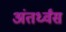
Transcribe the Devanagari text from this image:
अंतर्ध्वंस